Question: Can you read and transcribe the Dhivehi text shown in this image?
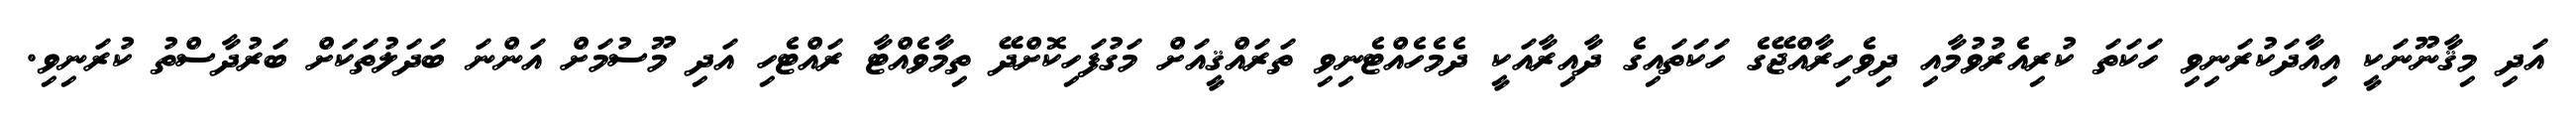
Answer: އަދި މިޤާނޫނަކީ އިއާދަކުރަނިވި ހަކަތަ ކުރިއެރުވުމާއި ދިވެހިރާއްޖޭގެ ހަކަތައިގެ ދާއިރާއަކީ ދެމެހެއްޓެނިވި ތަރައްޤީއަށް މަގުފަހިކޮށްދޭ ތިމާވެއްޓާ ރައްޓެހި އަދި މޫސުމަށް އަންނަ ބަދަލުތަކަށް ބަރުދާސްތު ކުރަނިވި.